Leningradi_Edasi_toimetus, lk 66
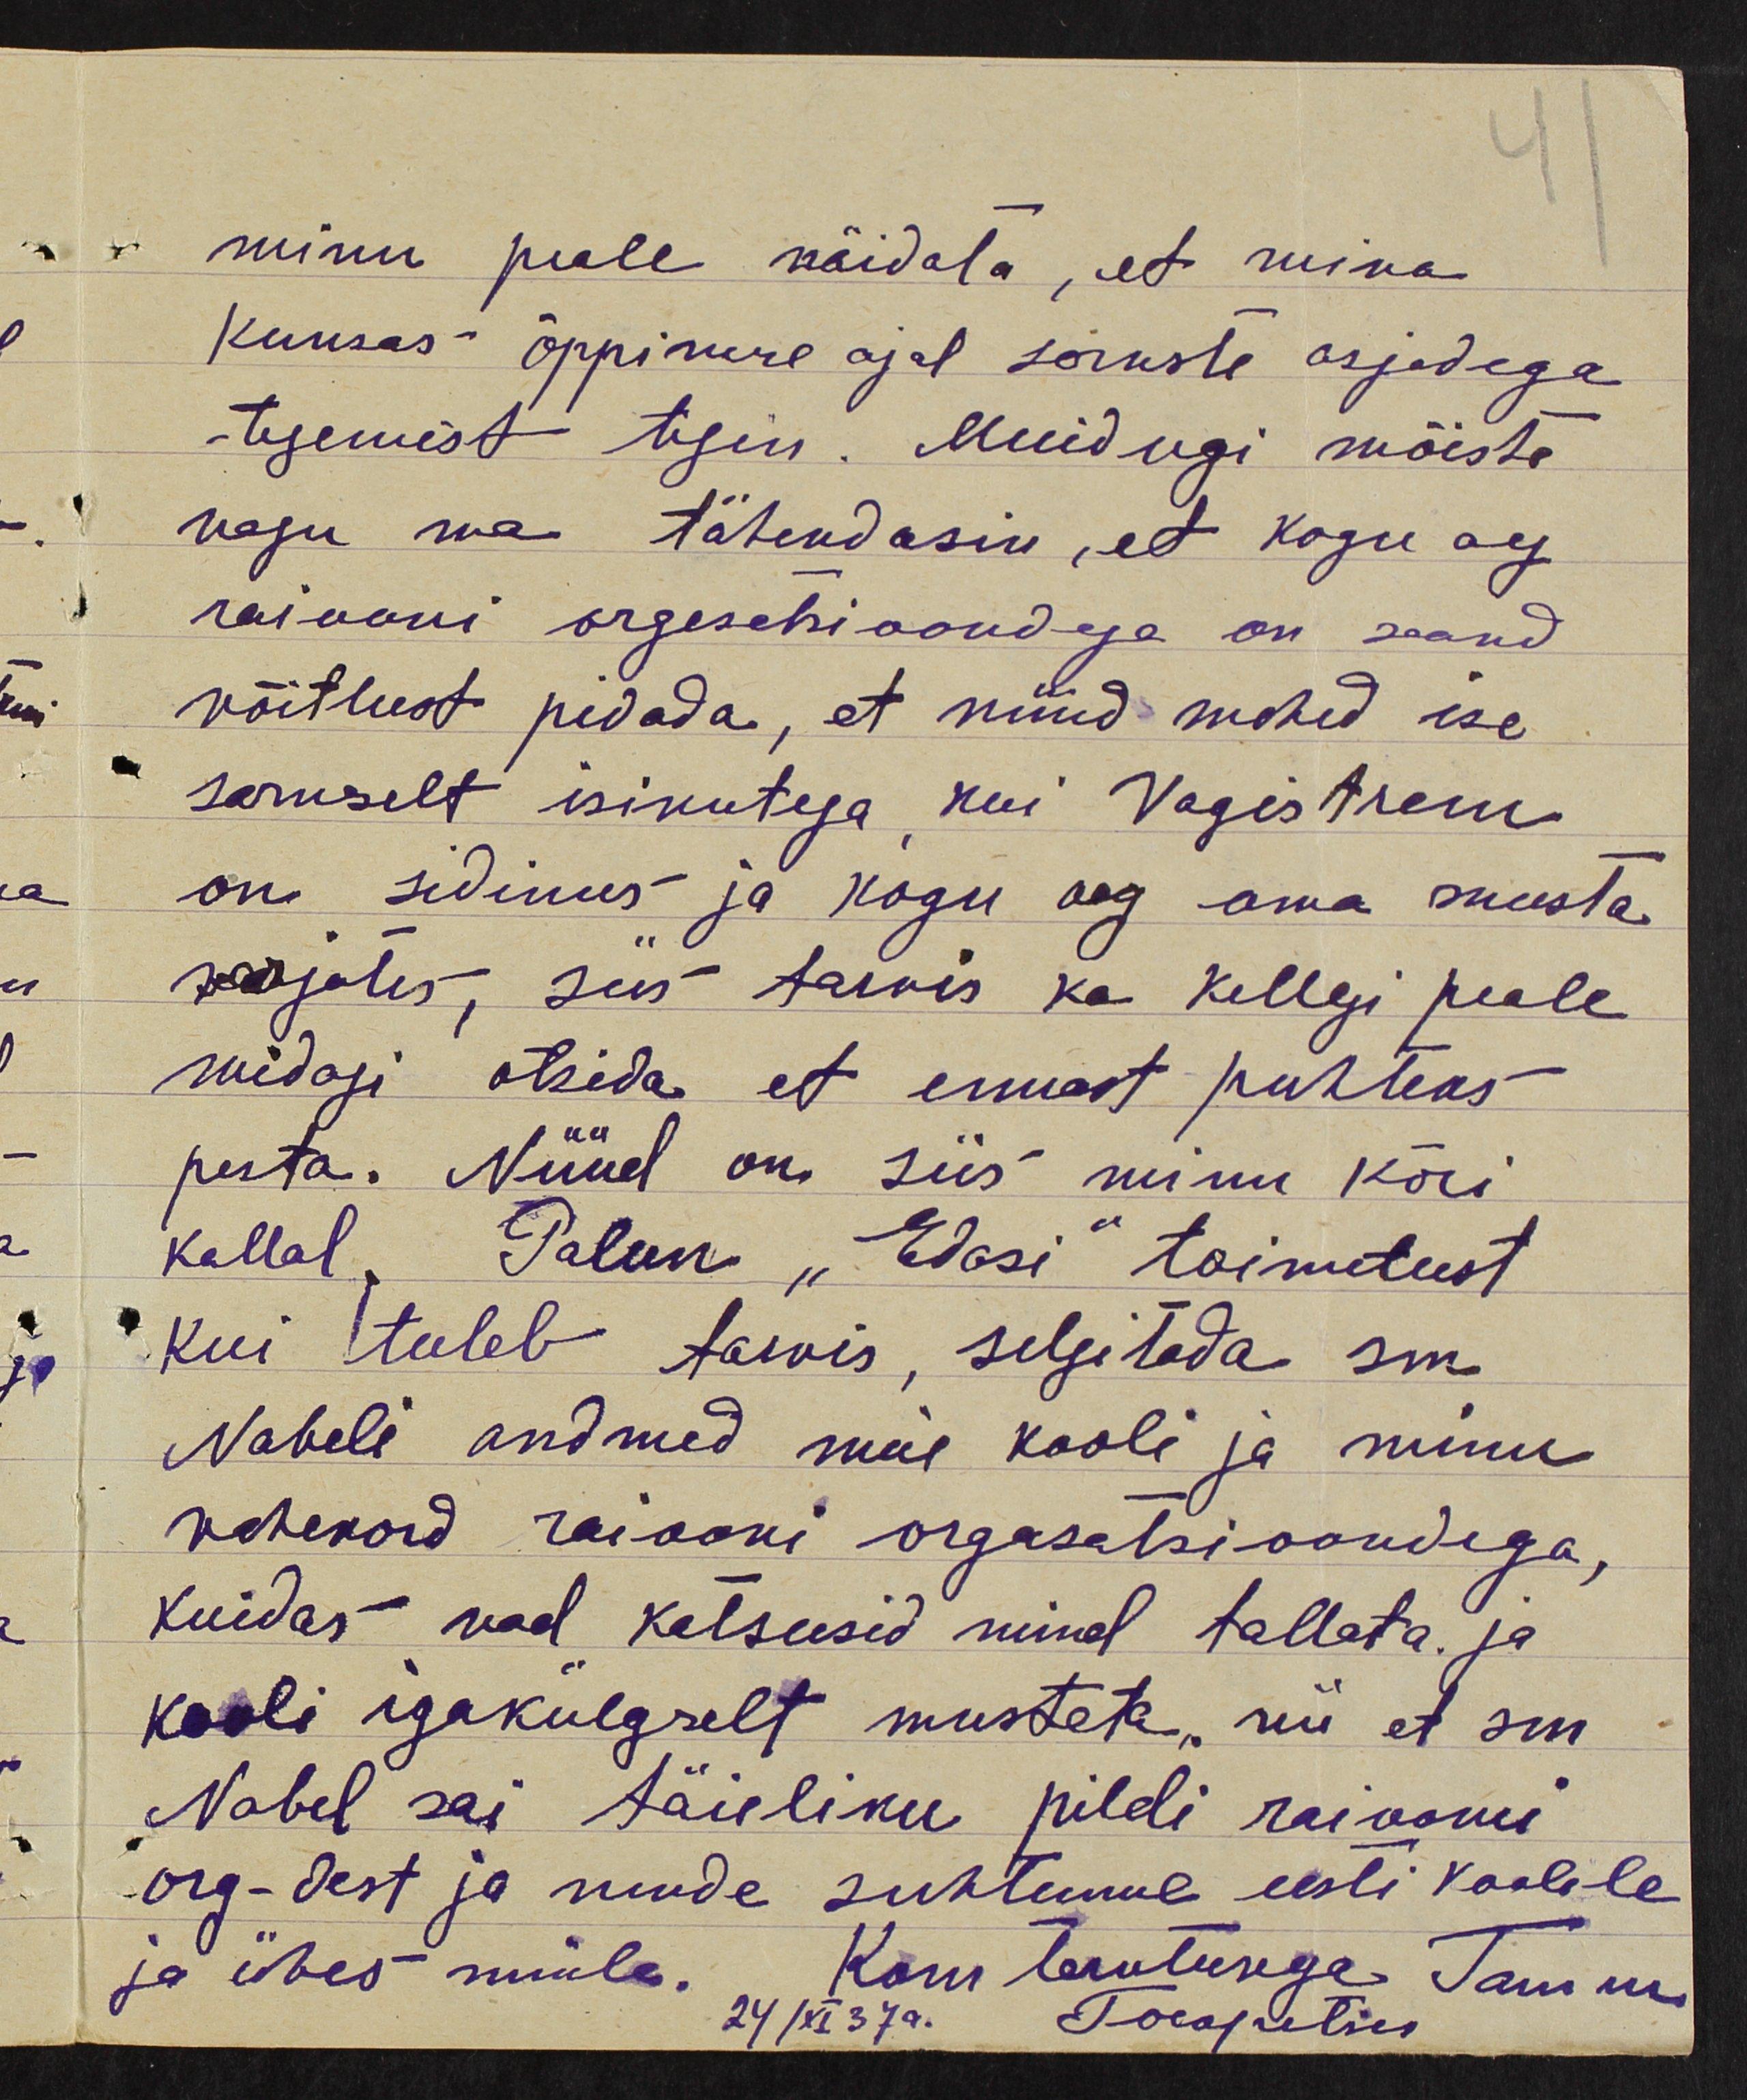
minu peale näidata, et mina
kunsas õppimise ajal sõruste asjadega
tegemist tegin. Muidugi mõista
nagu ma tähendasin, et kogu aeg
raiooni orgesetsioondega on saand
võitlust pidada, et nüüd mehed ise
sarnselt isikutega kui Vagistrem
on sidimes ja kogu aeg oma musta
kirjates, siis täivis ka kellegi peale
midagi otsida et ennast puhtaks
pesta. Nüüd on siis minu kõri
kallal Palun "Edasi" toimetust
kui tuleb tarvis, selgitada sm.
Nabeli andmed meie kooli ja minu
vahekord raiooni organisatsioondega,
kuidas nad katsusid mind tallata ja
kooli igakülgselt mustata "nii et sm
Nabel sai täieliku pildi raiooni
org-dest ja nende suhtumine eesti koolile
ja ühes minule. Kom tervitusega Tamm
24/XI 37a. Tocopities